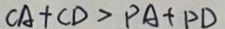
C A + C D > P A + P D